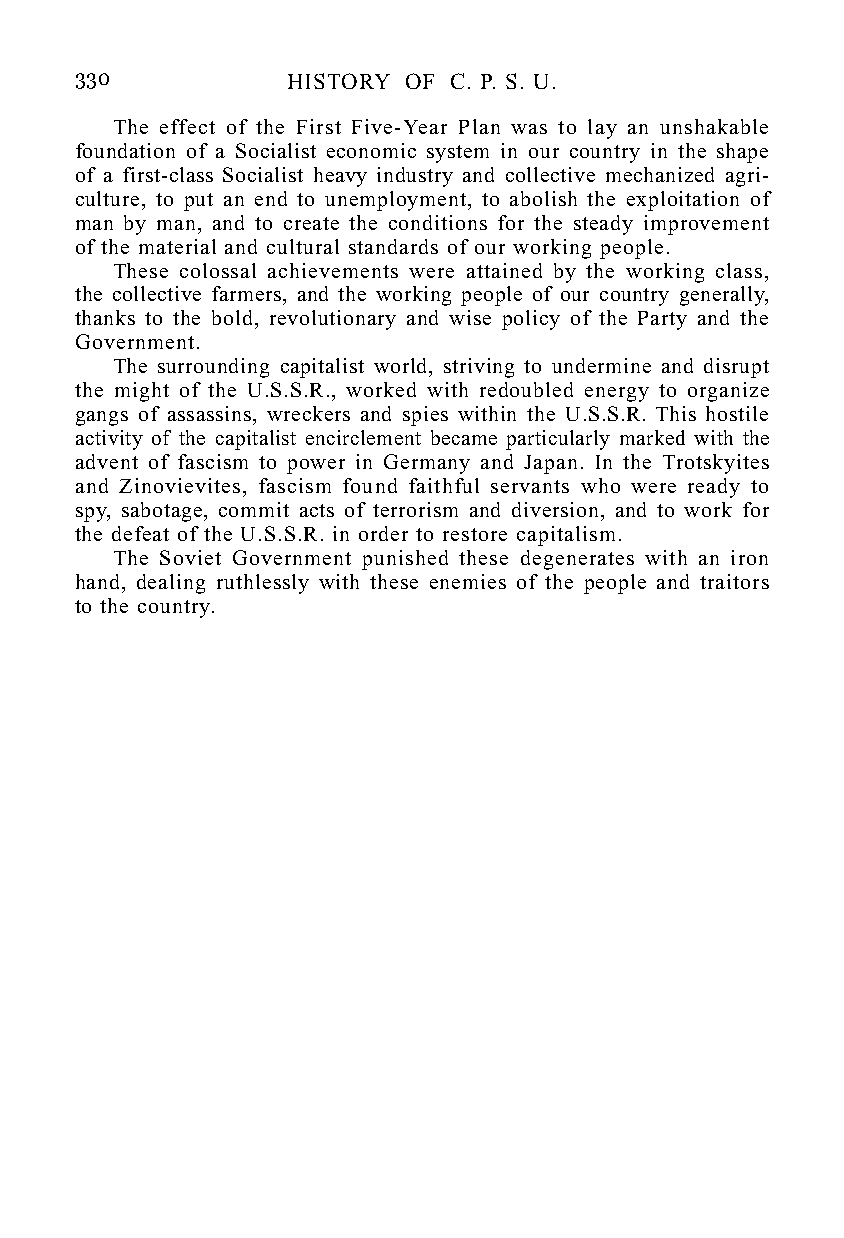
330           HISTORY OF C. P. S. U.
 The effect of the First Five-Year Plan was to lay an unshakable
 foundation of a Socialist economic system in our country in the shape
 of a first-class Socialist heavy industry and collective mechanized agri-
 culture, to put an end to unemployment, to abolish the exploitation of
 man by man, and to create the conditions for the steady improvement
 of the material and cultural standards of our working people.
 These colossal achievements were attained by the working class,
 the collective farmers, and the working people of our country generally,
 thanks to the bold, revolutionary and wise policy of the Party and the
 Government.
 The surrounding capitalist world, striving to undermine and disrupt
 the might of the U.S.S.R., worked with redoubled energy to organize
 gangs of assassins, wreckers and spies within the U.S.S.R. This hostile
 activity of the capitalist encirclement became particularly marked with the
 advent of fascism to power in Germany and Japan. In the Trotskyites
 and Zinovievites, fascism found faithful servants who were ready to
 spy, sabotage, commit acts of terrorism and diversion, and to work for
 the defeat of the U.S.S.R. in order to restore capitalism.
 The Soviet Government punished these degenerates with an iron
 hand, dealing ruthlessly with these enemies of the people and traitors
 to the country.